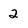
Character: 2